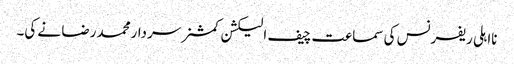
نااہلی ریفرنس کی سماعت چیف الیکشن کمشنر سردارمحمد رضا نے کی۔